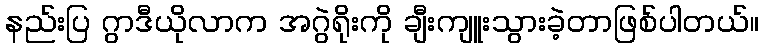
နည်းပြ ဂွာဒီယိုလာက အဂွဲရိုးကို ချီးကျူးသွားခဲ့တာဖြစ်ပါတယ်။